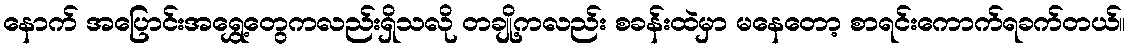
နောက် အပြောင်းအရွှေ့တွေကလည်းရှိသလို တချို့ကလည်း စခန်းထဲမှာ မနေတော့ စာရင်းကောက်ရခက်တယ်။